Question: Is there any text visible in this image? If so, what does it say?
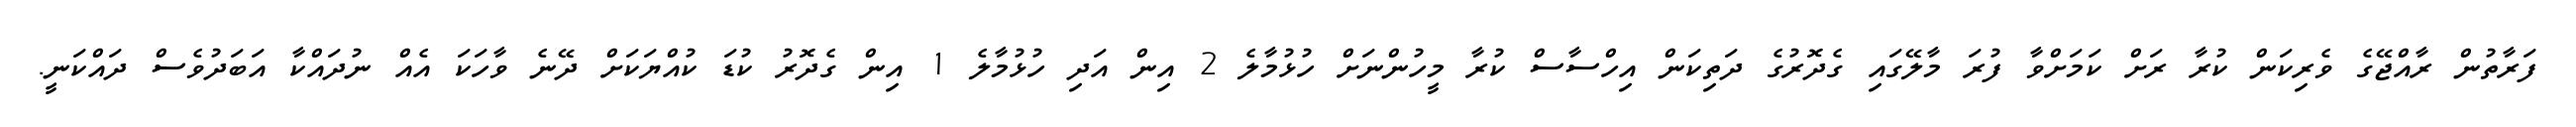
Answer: ފަރާތުން ރާއްޖޭގެ ވެރިކަން ކުރާ ރަށް ކަމަށްވާ ފުރަ މާލޭގައި ގެދޮރުގެ ދަތިކަން އިހްސާސް ކުރާ މީހުންނަށް ހުޅުމާލެ 2 އިން އަދި ހުޅުމާލެ 1 އިން ގެދޮރު ކުޑަ ކުއްޔަކަށް ދޭނެ ވާހަކަ އެއް ނުދައްކާ އަބަދުވެސް ދައްކަނީ.